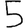
Digit: 5